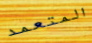
المتعمد